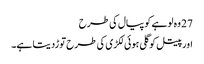
27 وہ لوہے کو پیال کی طرح
اور پیتل کو گلی ہوئی لکڑی کی طرح توڑدیتا ہے۔